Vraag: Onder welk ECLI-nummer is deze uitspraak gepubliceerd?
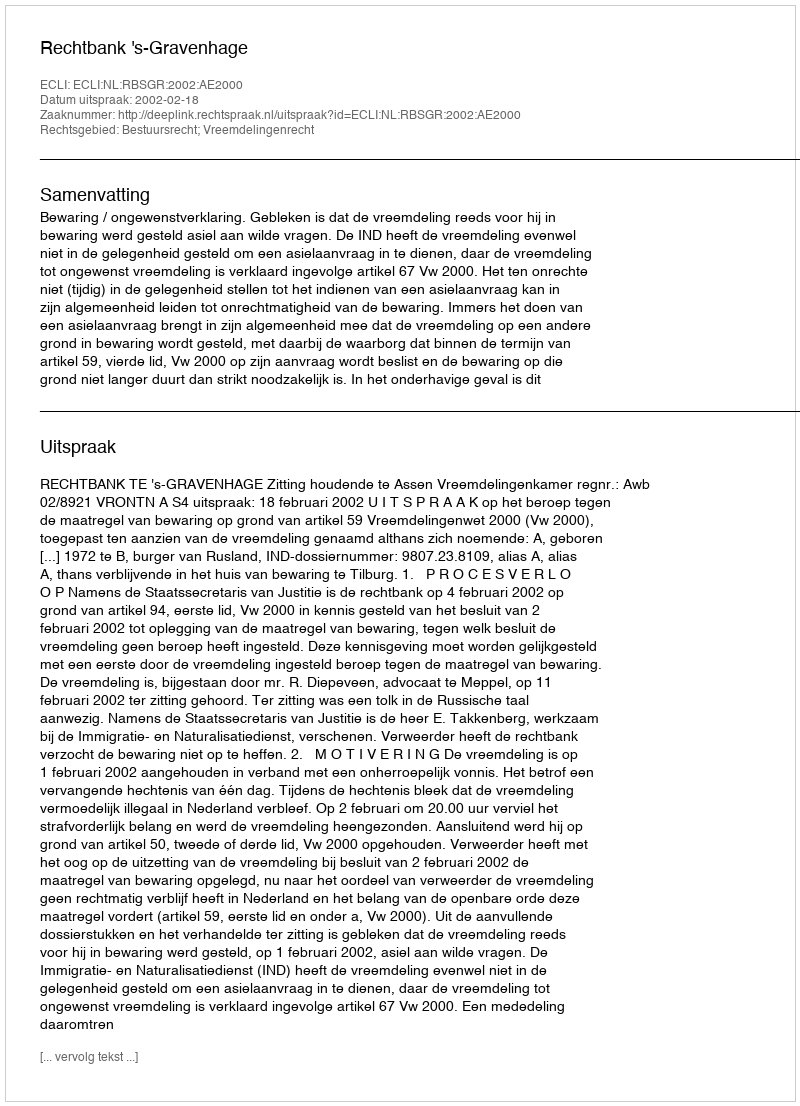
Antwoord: ECLI:NL:RBSGR:2002:AE2000